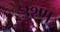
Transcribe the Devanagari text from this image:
उश्ण